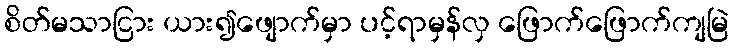
စိတ်မသာငြား ယား၍ဖျောက်မှာ ပင့်ရာမှန်လှ ဖြောက်ဖြောက်ကျမြဲ